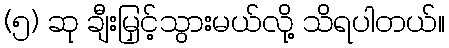
(၅) ဆု ချီးမြှင့်သွားမယ်လို့ သိရပါတယ်။